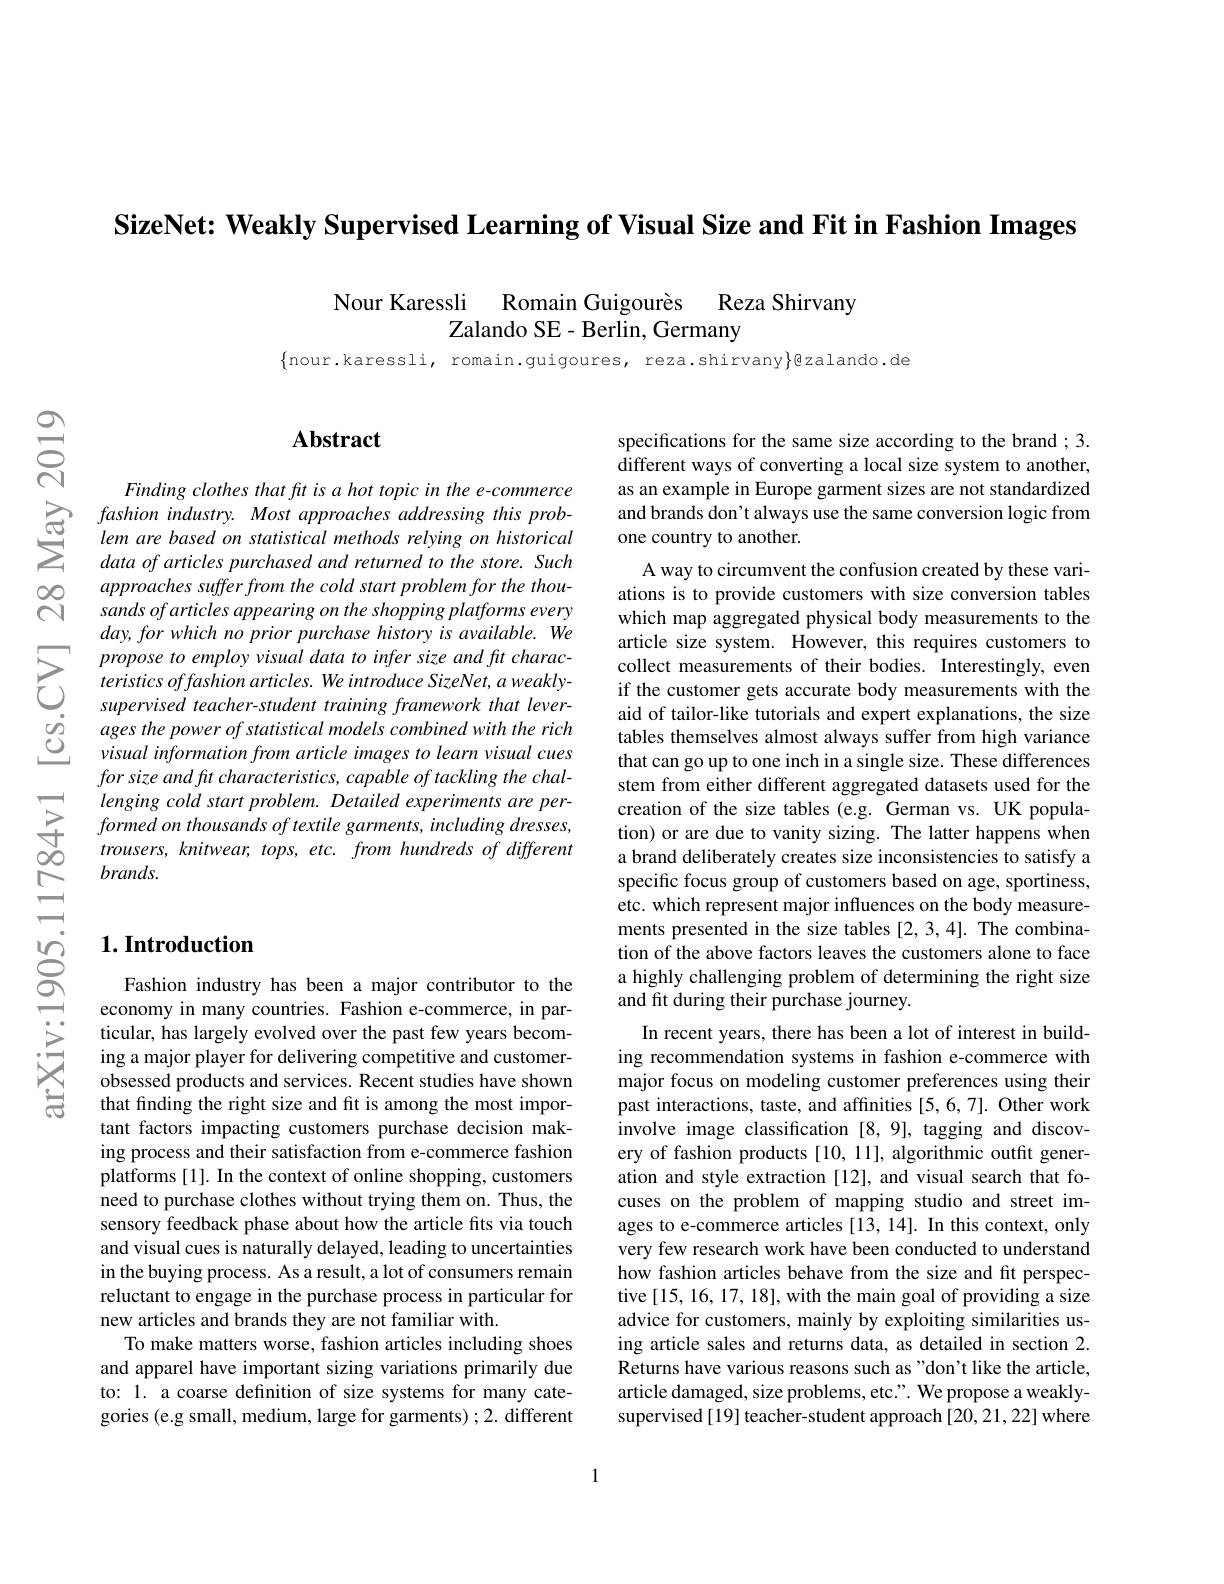
SizeNet: Weakly Supervised Learning of Visual Size and Fit in Fashion Images

Nour Karessli Romain Guigourès Reza Shirvany
Zalando SE - Berlin, Germany

$\{$nour.karessli, romain.guigoures, reza.shirvany$\}$@zalando.de

$స్లే$

$സ്പെ$

## $\mathbf{Abstract}$

Finding clothes that fit is a hot topic in the e-commerce
$\sum_{\begin{array}{cc}\text{SC}&fashion~industry.~Most~approaches~addressing~this~prob-\\\text{SC}&lem~are~based~on~statistical~methods~relying~on~historical}\\\text{data of articles purchased and returned to the store. Such}\end{array}$
approaches suffer from the cold start problem for the thousands of articles appearing on the shopping platforms every $day,forwhich$ no prior purchase history is available. We
$\sum_{\begin{array}{cc}&propose\:to\:employ\:visual\:data\:to\:infer\:size\:and\:ft\:charac-\\&teristics\:offashion\:articles.\:We\:introduce\:SizeNet,\:a\:weakly-\\&supervised\:teacher-student\:training\:framework\:that\:lever-\end{array}}$
for size and fit characteristics, capable of tackling the challenging cold start problem. Detailed experiments are per- $formedonthousandsoftextilegarments,includingdresses$, trousers, knitwear, tops, etc. from hundreds of different $brands.$

### $1. \textbf{Introduction}$

Fashion industry has been a major contributor to the economy in many countries. Fashion e-commerce, in particular, has largely evolved over the past few years becoming a major player for delivering competitive and customerobsessed products and services. Recent studies have shown that finding the right size and fit is among the most important factors impacting customers purchase decision making process and their satisfaction from e-commerce fashion platforms [1]. In the context of online shopping, customers need to purchase clothes without trying them on. Thus, the sensory feedback phase about how the article fits via touch and visual cues is naturally delayed, leading to uncertainties in the buying process. As a result, a lot of consumers remain reluctant to engage in the purchase process in particular for new articles and brands they are not familiar with.
To make matters worse, fashion articles including shoes and apparel have important sizing variations primarily to: 1. a coarse definition of size systems for many categories (e.g small, medium, large for garments) ; 2. different

specifications for the same size according to the brand ; 3. different ways of converting a local size system to another, as an example in Europe garment sizes are not standardized and brands don't always use the same conversion logic from one country to another.

A way to circumvent the confusion created by these variations is to provide customers with size conversion tables which map aggregated physical body measurements to the article size system. However, this requires customers to collect measurements of their bodies. Interestingly, even if the customer gets accurate body measurements with the aid of tailor-like tutorials and expert explanations, the size tables themselves almost always suffer from high variance that can go up to one inch in a single size. These differences stem from either different aggregated datasets used for the creation of the size tables (e.g. German vs. UK population) or are due to vanity sizing. The latter happens when a brand deliberately creates size inconsistencies to satisfy a specific focus group of customers based on age, sportiness, etc. which represent major influences on the body measurements presented in the size tables [2,3,4]. The combination of the above factors leaves the customers alone to face a highly challenging problem of determining the right size and fit during their purchase journey.
In recent years, there has been a lot of interest in building recommendation systems in fashion e-commerce with major focus on modeling customer preferences using their past interactions, taste, and affnities [5,6,7]. Other work involve image classification [8,9], tagging and discovery of fashion products [10, 11], algorithmic outft generation and style extraction [12], and visual search that focuses on the problem of mapping studio and street images to e-commerce articles [13, 14]. In this context, only very few research work have been conducted to understand how fashion articles behave from the size and fit perspective [15,16,17,18], with the main goal of providing a size advice for customers, mainly by exploiting similarities using article sales and returns data, as detailed in section 2. Returns have various reasons such as "don't like the article, article damaged, size problems, etc.". We propose a weaklysupervised[19] teacher-student approach[20,21,22] where

1